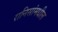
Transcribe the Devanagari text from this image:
रानिसांमधील